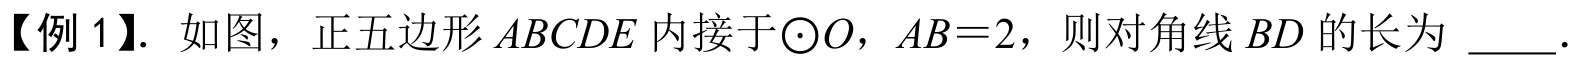
【例 1】. 如图，正五边形\(ABCDE\)内接于\(\odot O\)，\(AB = 2\)，则对角线\(BD\)的长为 \_\_\_．